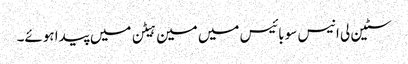
سٹین لی انیس سو بائیس میں مین ہیٹن میں پیدا ہوئے۔